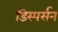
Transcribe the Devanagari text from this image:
डिस्पर्सन